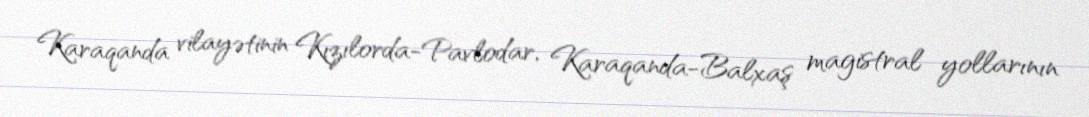
Karaqanda vilayətinin Kızılorda-Pavlodar, Karaqanda-Balxaş magistral yollarının